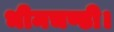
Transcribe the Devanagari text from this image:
भीमचण्डी।